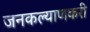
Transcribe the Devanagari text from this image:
जनकल्याणकरी